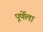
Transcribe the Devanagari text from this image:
पूर्णेला